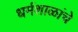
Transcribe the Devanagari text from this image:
धर्मशाळांचे